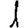
Digit: 1